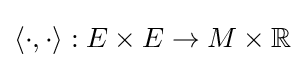
\langle \cdot ,\cdot \rangle :E\times E\to M\times \mathbb {R}